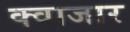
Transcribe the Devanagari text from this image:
क्वाजार